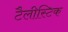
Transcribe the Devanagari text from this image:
टैलीस्टिक